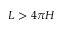
L > 4 \pi H